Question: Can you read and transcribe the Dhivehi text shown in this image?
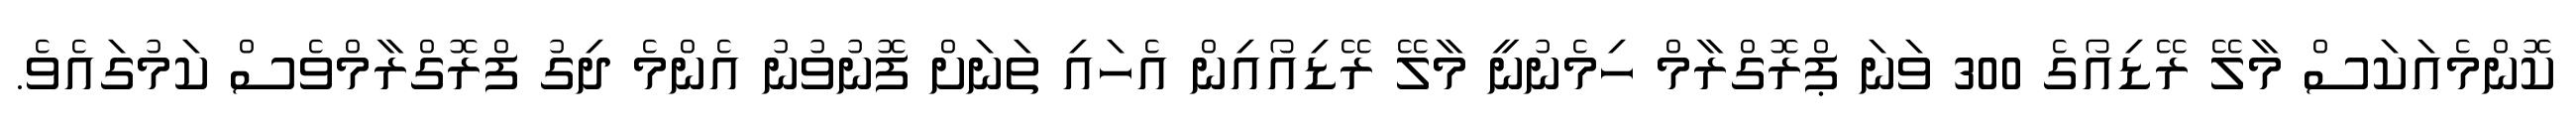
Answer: ކޮންމެއަކަސް މާލޭ ރޭޑިއޯގެ 300 ވަނަ ޕްރޮގްރާމް ހިމެނުނީ މާލޭ ރޭޑިއޯއިން އެހައި ތަނަށް ފޮނުވުނު އެންމެ ދިގު ފްރޮގްރާމްވެސް ކަމުގައެވެ.